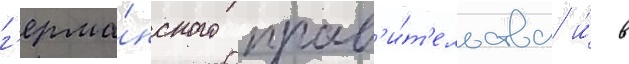
г'ерма́нского прав'и́т'ельства и́ в